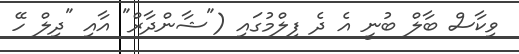
ވިކާސް ބާލް ބުނީ އެ ދެ ފިލްމުގައި ("ޝާންދާރް" އާއި "ދިލް ހޭ